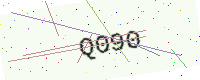
Text: Q090